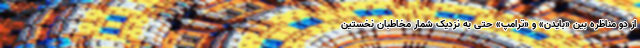
از دو مناظره بین «بایدن» و «ترامپ» حتی به نزدیک شمار مخاطبان نخستین